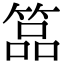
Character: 𥰔